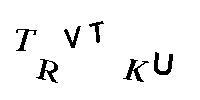
TRVTKU